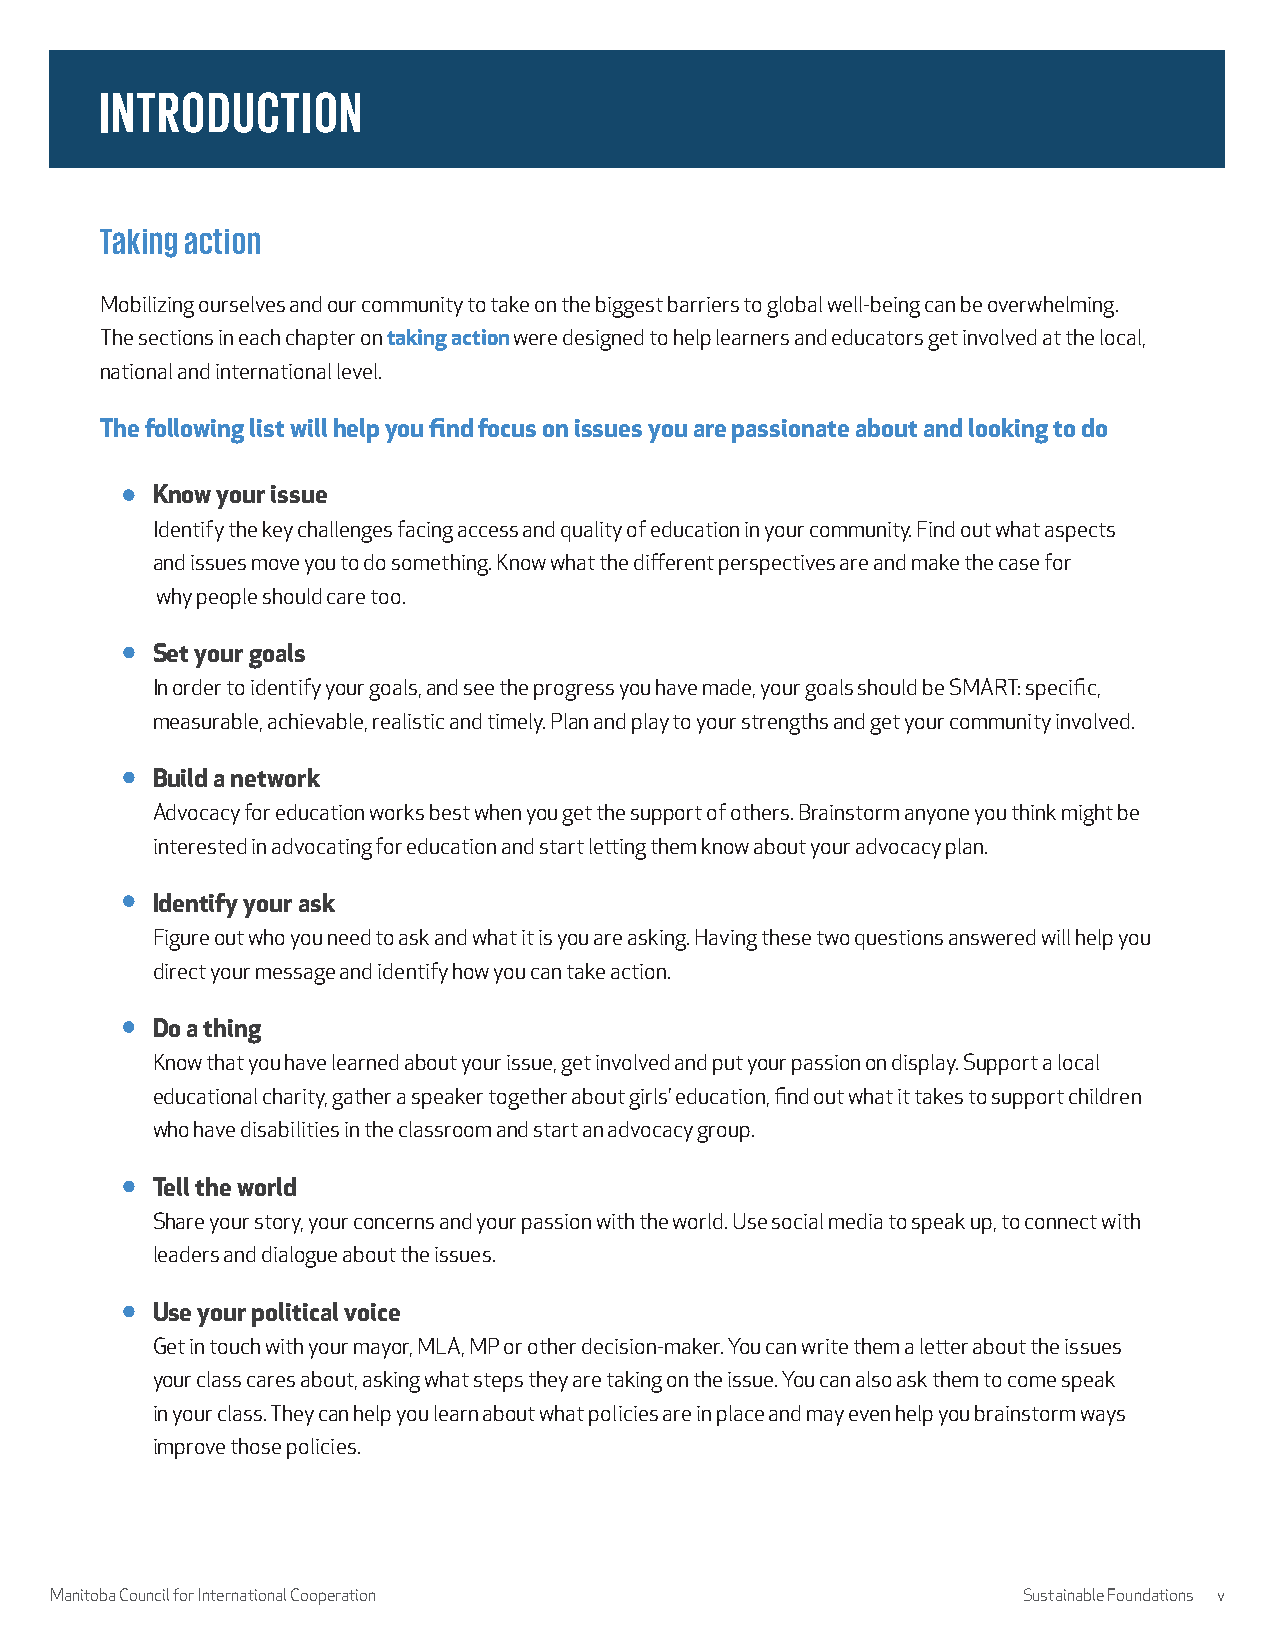
INTRODUCTION
 Taking action
 Mobilizing ourselves and our community to take on the biggest barriers to global well-being can be overwhelming.
 The sections in each chapter on taking action were designed to help learners and educators get involved at the local,
 national and international level.
 The following list will help you find focus on issues you are passionate about and looking to do
 Know your issue
 Identify the key challenges facing access and quality of education in your community. Find out what aspects
 and issues move you to do something. Know what the different perspectives are and make the case for
 why people should care too.
 Set your goals
 In order to identify your goals, and see the progress you have made, your goals should be SMART: specific,
 measurable, achievable, realistic and timely. Plan and play to your strengths and get your community involved.
 Build a network
 Advocacy for education works best when you get the support of others. Brainstorm anyone you think might be
 interested in advocating for education and start letting them know about your advocacy plan.
 Identify your ask
 Figure out who you need to ask and what it is you are asking. Having these two questions answered will help you
 direct your message and identify how you can take action.
 Do a thing
 Know that you have learned about your issue, get involved and put your passion on display. Support a local
 educational charity, gather a speaker together about girls’ education, find out what it takes to support children
 who have disabilities in the classroom and start an advocacy group.
 Tell the world
 Share your story, your concerns and your passion with the world. Use social media to speak up, to connect with
 leaders and dialogue about the issues.
 Use your political voice
 Get in touch with your mayor, MLA, MP or other decision-maker. You can write them a letter about the issues
 your class cares about, asking what steps they are taking on the issue. You can also ask them to come speak
 in your class. They can help you learn about what policies are in place and may even help you brainstorm ways
 improve those policies.
 Manitoba Council for International Cooperation                   Sustainable Foundations v